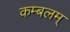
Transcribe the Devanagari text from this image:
कम्बलम्